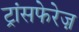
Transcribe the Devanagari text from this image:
ट्रांसफेरेज़